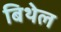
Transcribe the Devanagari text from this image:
बिथेल